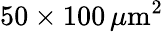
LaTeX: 50\times 100\, \mu\mathrm{{m}^{2}}